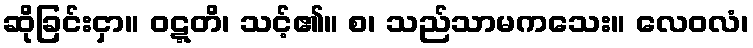
ဆိုခြင်းငှာ။ ဝဋ္ဋတိ၊ သင့်၏။ စ၊ သည်သာမကသေး။ လေဝလံ၊